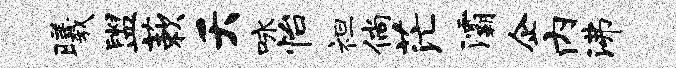
曦盥蔌夭咏怡袒倘茫灞企内沸